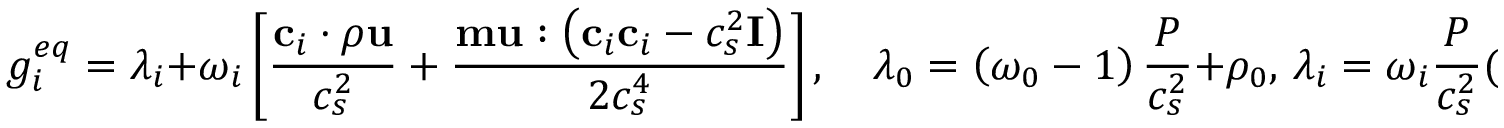
g _ { i } ^ { e q } = \lambda _ { i } + \omega _ { i } \left[ \frac { \mathbf { c } _ { i } \cdot \rho \mathbf { u } } { c _ { s } ^ { 2 } } + \frac { \mathbf { m } \mathbf { u } : \left( \mathbf { c } _ { i } \mathbf { c } _ { i } - c _ { s } ^ { 2 } \mathbf { I } \right) } { 2 c _ { s } ^ { 4 } } \right] , \quad \lambda _ { 0 } = \left( \omega _ { 0 } - 1 \right) \frac { P } { c _ { s } ^ { 2 } } + \rho _ { 0 } , \, \lambda _ { i } = \omega _ { i } \frac { P } { c _ { s } ^ { 2 } } ( i \neq 0 ) ,